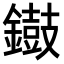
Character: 𨭸